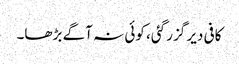
کافی دیر گزر گئی، کوئی نہ آگے بڑھا۔